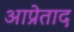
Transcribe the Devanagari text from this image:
आप्रेताद